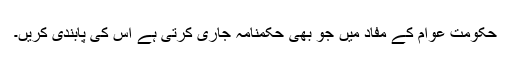
حکومت عوام کے مفاد میں جو بھی حکمنامہ جاری کرتی ہے اس کی پابندی کریں۔